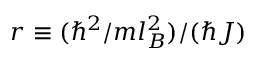
r \equiv ( \hbar ^ { 2 } / m l _ { B } ^ { 2 } ) / ( \hbar J )